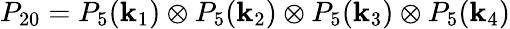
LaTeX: P_{20}=P_{5}(\mathbf{k}_{1})\otimes P_{5}(\mathbf{k}_{2})\otimes P_{5}(\mathbf{k}_{3})\otimes P_{5}(\mathbf{k}_{4})